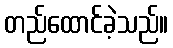
တည်ထောင်ခဲ့သည်။